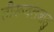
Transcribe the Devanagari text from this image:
तीरूवलबाडु